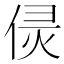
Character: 𠊕